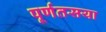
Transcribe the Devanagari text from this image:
पूर्णतसया